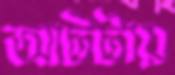
আটটায়